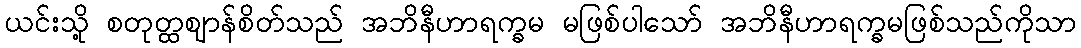
ယင်းသို့ စတုတ္ထဈာန်စိတ်သည် အဘိနီဟာရက္ခမ မဖြစ်ပါသော် အဘိနီဟာရက္ခမဖြစ်သည်ကိုသာ